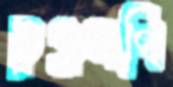
চুঞ্চুমণি